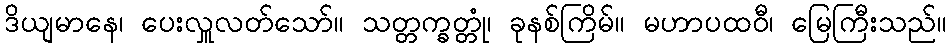
ဒိယျမာနေ၊ ပေးလှူလတ်သော်။ သတ္တက္ခတ္တုံ၊ ခုနစ်ကြိမ်။ မဟာပထဝီ၊ မြေကြီးသည်။